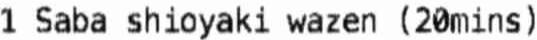
1 SABA SHIOYAKI WAZEN (20MINS)